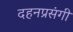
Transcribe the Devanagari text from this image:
दहनप्रसंगी